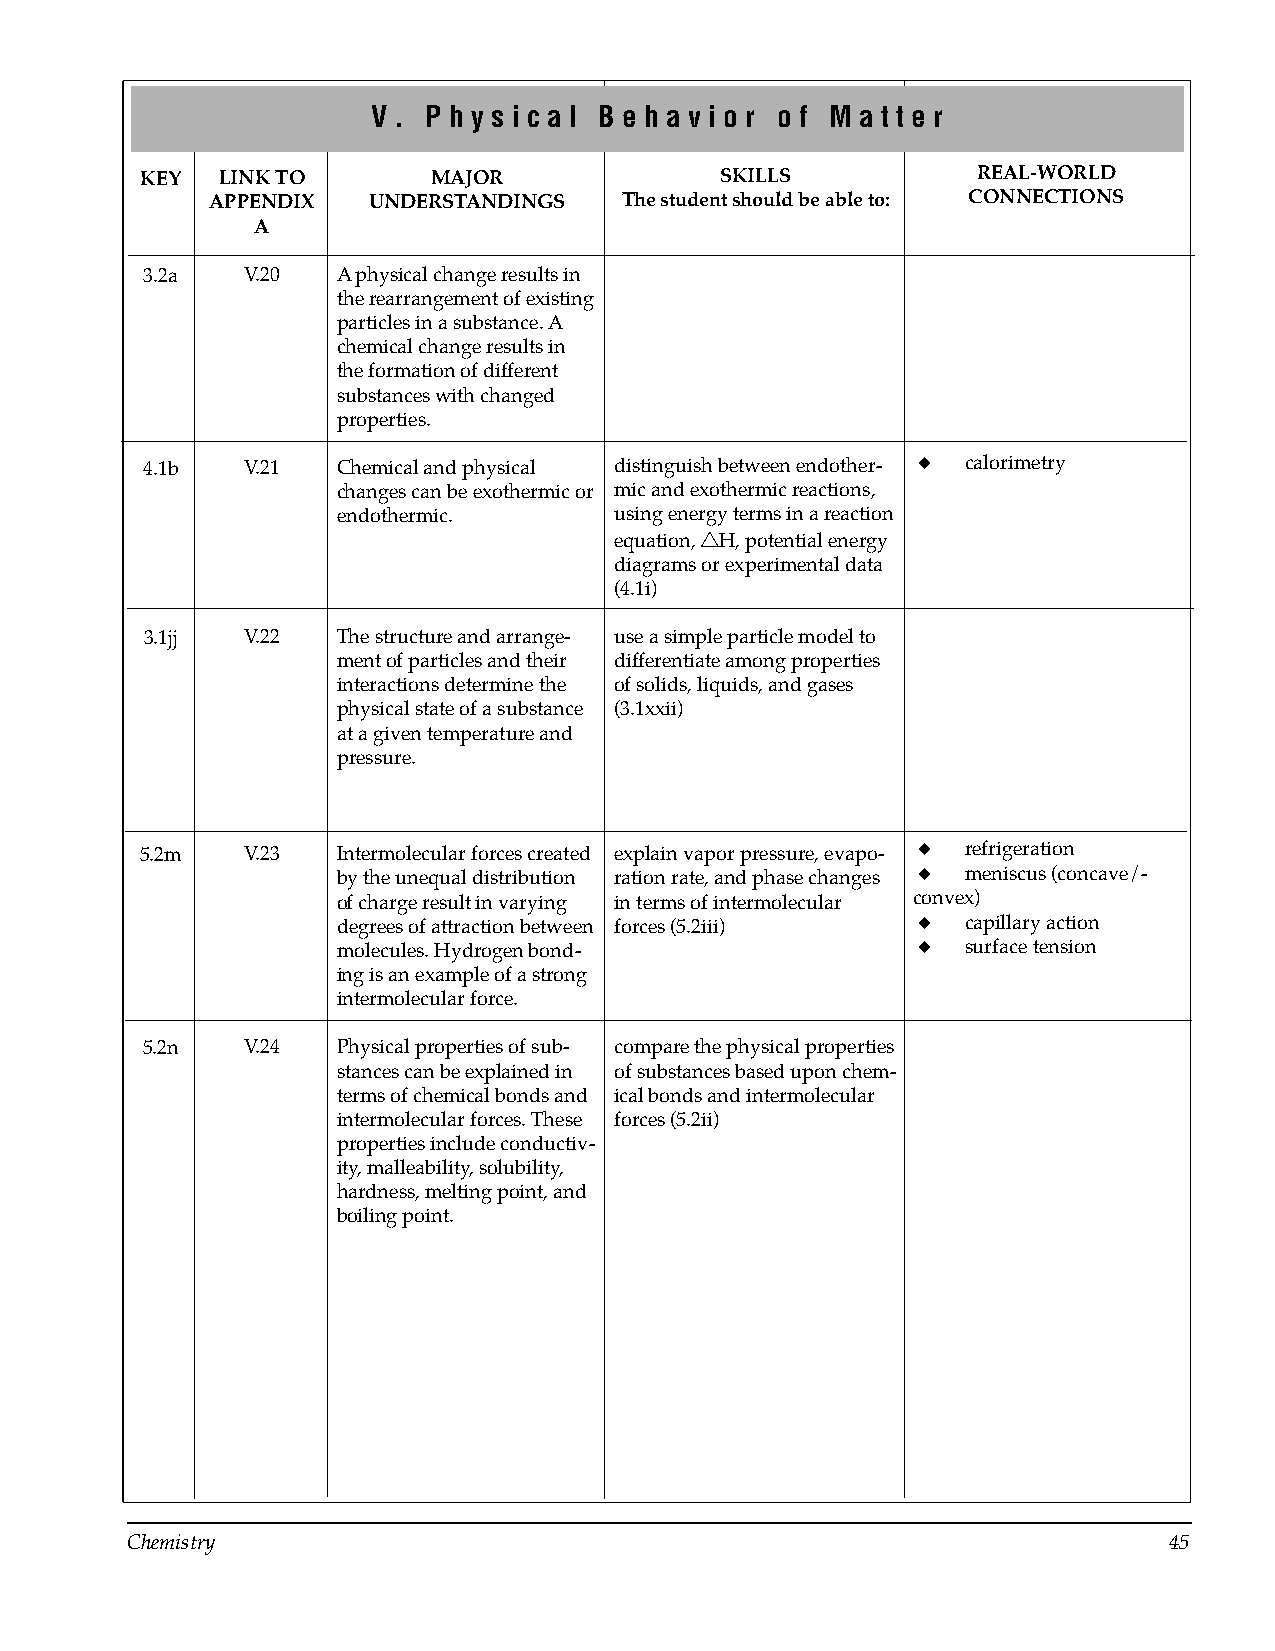
V . P h y s i c a l B e h a v i o r o f M a t t e r
 KEY  LINK TO        MAJOR              SKILLS           REAL-WORLD
 APPENDIX  UNDERSTANDINGS   The student should be able to: CONNECTIONS
 A
 3.2a   V.20  A physical change results in
 the rearrangement of existing
 particles in a substance. A
 chemical change results in
 the formation of different
 substances with changed
 properties.
 4.1b   V.21  Chemical and physical distinguish between endother­ ◆ calorimetry
 changes can be exothermic or mic and exothermic reactions,
 endothermic.       using energy terms in a reaction
 equation, ssH, potential energy
 diagrams or experimental data
 (4.1i)
 3.1jj V.22  The structure and arrange­ use a simple particle model to
 ment of particles and their differentiate among properties
 interactions determine the of solids, liquids, and gases
 physical state of a substance (3.1xxii)
 at a given temperature and
 pressure.
 5.2m   V.23  Intermolecular forces created explain vapor pressure, evapo­ ◆ refrigeration
 by the unequal distribution ration rate, and phase changes ◆ meniscus (concave/­
 of charge result in varying in terms of intermolecular convex)
 degrees of attraction between forces (5.2iii) ◆ capillary action
 molecules. Hydrogen bond­              ◆  surface tension
 ing is an example of a strong
 intermolecular force.
 5.2n   V.24  Physical properties of sub­ compare the physical properties
 stances can be explained in of substances based upon chem­
 terms of chemical bonds and ical bonds and intermolecular
 intermolecular forces. These forces (5.2ii)
 properties include conductiv­
 ity, malleability, solubility,
 hardness, melting point, and
 boiling point.
 Chemistry                                                            45